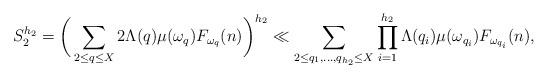
LaTeX: \begin{align*}S_2^{h_2} &= \bigg( \sum_{2\le q \leq X} 2 \Lambda(q) \mu(\omega_{q}) F_{\omega_{q}}(n) \bigg)^{h_2} \ll \sum_{2\le q_1, \ldots, q_{h_2} \leq X} \prod_{i = 1}^{h_2} \Lambda(q_i) \mu(\omega_{q_i})F_{\omega_{q_i}}(n),\end{align*}